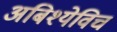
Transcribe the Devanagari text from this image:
अबिश्येविच